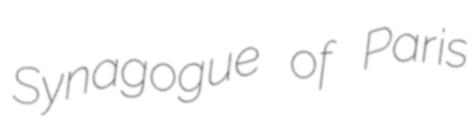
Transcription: Synagogue of Paris